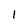
Character: 1